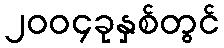
၂၀၀၄ခုနှစ်တွင်